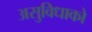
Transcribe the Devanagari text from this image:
असुविधाको